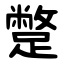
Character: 蹩